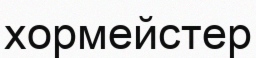
хормейстер